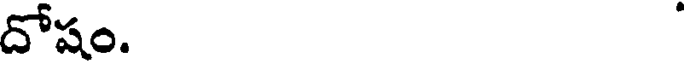
దోషం.